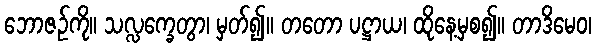
ဘောဇဉ်ကို။ သလ္လက္ခေတွာ၊ မှတ်၍။ တတော ပဋ္ဌာယ၊ ထိုနေ့မှစ၍။ တာဒိမေဝ၊